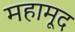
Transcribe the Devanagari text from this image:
महामूद